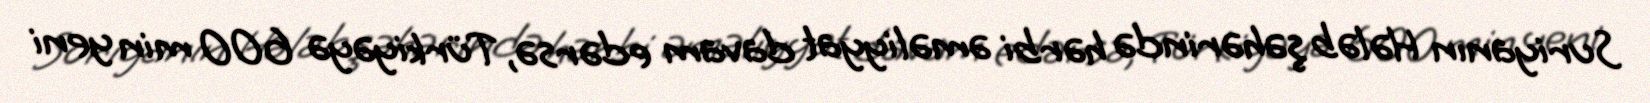
Suriyanın Hələb şəhərində hərbi əməliyyat davam edərsə, Türkiyəyə 600 min yeni